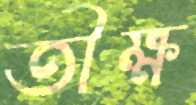
তীক্ষ